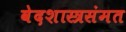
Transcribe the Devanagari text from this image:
वेदशास्त्रसंमत